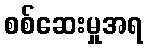
စစ်ဆေးမှုအရ